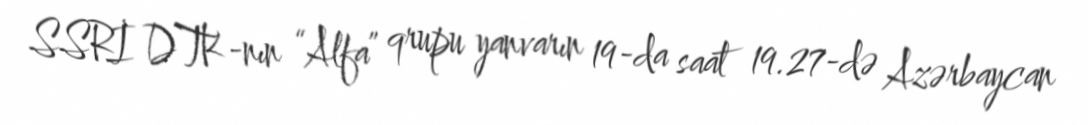
SSRİ DTK-nın “Alfa” qrupu yanvarın 19-da saat 19.27-də Azərbaycan